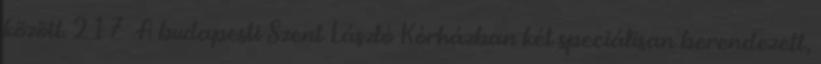
között. 217 A budapesti Szent László Kórházban két speciálisan berendezett,